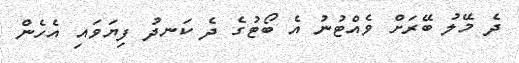
ދެ މޭލު ބޭރަށް ވެއްޓުނު އެ ބޯޓުގެ ދެ ކަނދު ފިޔަވައި އެހެން